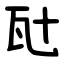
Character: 瓧